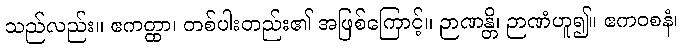
သည်လည်း။ ဧကတ္ထာ၊ တစ်ပါးတည်း၏ အဖြစ်ကြောင့်။ ဉာဏန္တိ၊ ဉာဏံဟူ၍။ ဧကဝစနံ၊